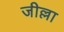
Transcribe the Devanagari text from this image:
जील्ला